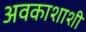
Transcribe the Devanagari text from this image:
अवकाशाशी